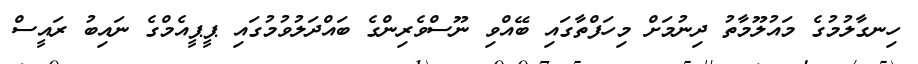
ހިނގާލުމުގެ މައުލޫމާތު ދިނުމަށް މިހަފްތާގައި ބޭއްވި ނޫސްވެރިންގެ ބައްދަލުވުމުގައި ޕީޕީއެމްގެ ނައިބު ރައީސް